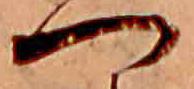
つ